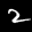
Label: 2